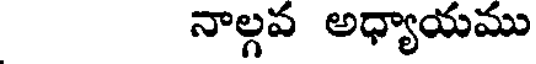
నాల్గవ అధ్యాయము